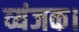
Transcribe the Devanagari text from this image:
व्यंजक।